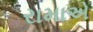
રામાએ